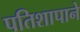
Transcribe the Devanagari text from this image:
पतिशापाने